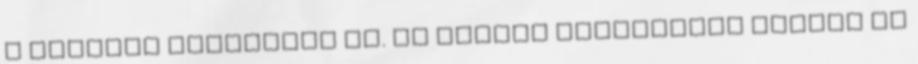
a hetedik művészeti ág. Az alkotó művészetek között az